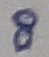
Text: 8